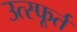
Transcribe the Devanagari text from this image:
उत्‍स्फूर्त